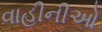
વાહીનીઓ